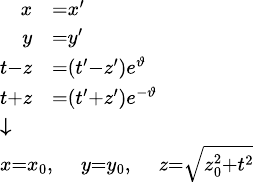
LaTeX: {\scriptstyle{\begin{array}{l}{{\begin{array}{rl}{x}&{=x^{\prime}}\\ {y}&{=y^{\prime}}\\ {t-z}&{=(t^{\prime}-z^{\prime})e^{\vartheta}}\\ {t+z}&{=(t^{\prime}+z^{\prime})e^{-\vartheta}}\end{array}}}\\ {{\boldsymbol{\downarrow}}}\\ {x=x_{0},\quad y=y_{0},\quad z={\sqrt{z_{0}^{2}+t^{2}}}}\end{array}}}